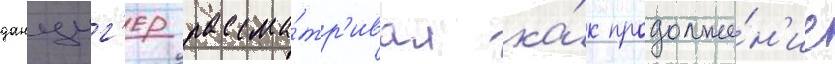
данциг'ер рассма́тр'ивал ка́к продолже́н'ие